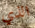
الذي